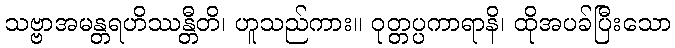
သဗ္ဗာအမန္တရဟိဿန္တီတိ၊ ဟူသည်ကား။ ဝုတ္တပ္ပကာရာနိ၊ ထိုအပခ်ပြီးသော